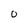
Character: 0